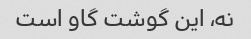
نه، این گوشت گاو است